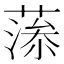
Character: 𦸼